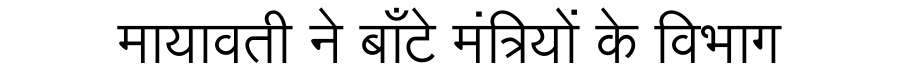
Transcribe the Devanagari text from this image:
मायावती ने बाँटे मंत्रियों के विभाग